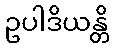
ဥပါဒိယန္တိ